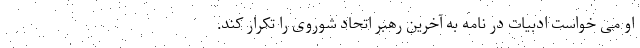
او می خواست ادبیات در نامه به آخرین رهبر اتحاد شوروی را تکرار کند.